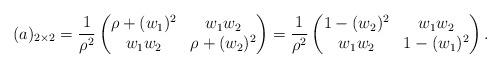
LaTeX: \begin{align*}(a)_{2\times 2} &=\frac{1}{\rho^2} \begin{pmatrix} \rho + (w_1)^2 & w_1w_2 \\ w_1w_2 & \rho + (w_2)^2 \end{pmatrix} =\frac{1}{\rho^2} \begin{pmatrix} 1 - (w_2)^2 & w_1w_2 \\ w_1w_2 & 1 - (w_1)^2 \end{pmatrix}.\end{align*}